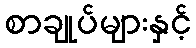
စာချုပ်များနှင့်